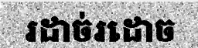
រដាច់រដោច